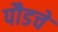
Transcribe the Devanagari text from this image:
पौडचे